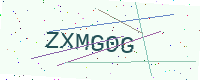
Text: ZXMG0G